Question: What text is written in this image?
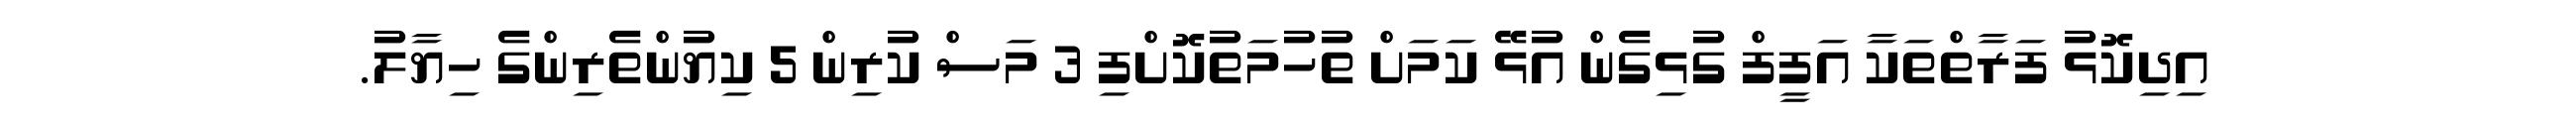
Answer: އިދިކޮޅު ފަރާތްތަކާ އަފީފް ގުޅިގެން އުޅޭ ކަމަށް ތުހުމަތުކޮށްފި 3 މަސް ކުރިން 5 ކިޔުންތެރިންގެ ހިޔާލު.